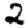
Digit: 2